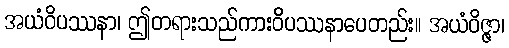
အယံဝိပဿနာ၊ ဤတရားသည်ကားဝိပဿနာပေတည်း။ အယံဝိဇ္ဇာ၊